Indian journal of veterinary science and animal husbandry - Volumes 26-27, 1956-1957
Year: 1956
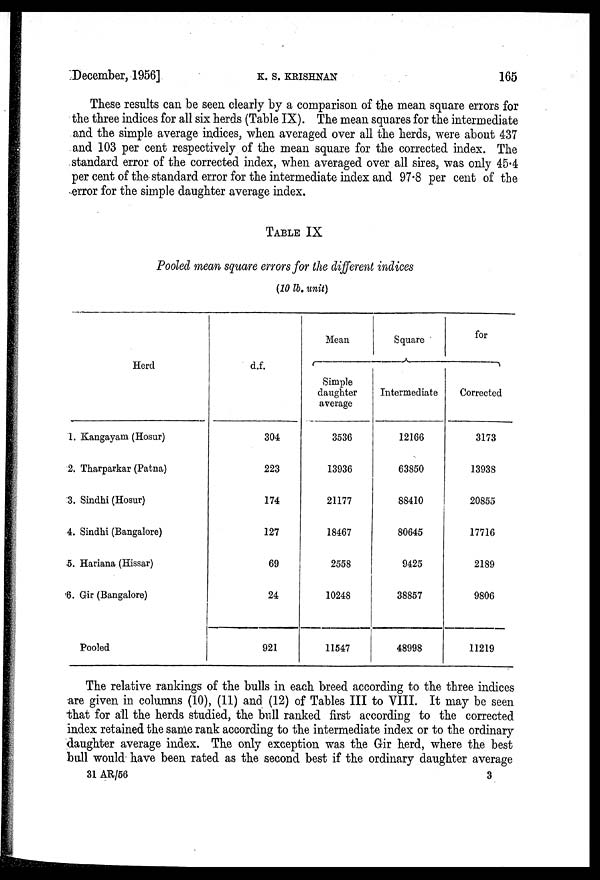
December, 1956]
K.
S.
KRISHNAN
165
These results can be seen clearly by a comparison of the mean square errors for
the three indices for all six herds (Table IX). The mean squares for the intermediate
and the simple average indices, when averaged over all the herds, were about 437
and 103 per cent respectively of the mean square for the corrected index. The
standard error of the corrected index, when averaged over all sires, was only 45.4
per cent of the standard error for the intermediate index and 97.8 per cent of the
error for the simple daughter average index.
TABLE IX
Pooled mean square errors for the different indices
(10 lb. unit)
Herd
1. Kangayam (Hosur)
2. Tharparkar (Patna)
3. Sindhi (Hosur)
4. Sindhi (Bangalore)
5. Hariana (Hissar)
6. Gir (Bangalore)
Pooled
d.f.
304
223
174
127
69
24
921
Mean
Simple
daughter
average
3536
13936
21177
18467
2558
10248
11547
Square
Intermediate
12166
63850
88410
80645
9425
38857
48998
for
Corrected
3173
13938
20855
17716
2189
9806
11219
The relative rankings of the bulls in each breed according to the three indices
are given in columns (10), (11) and (12) of Tables III to VIII. It may be seen
that for all the herds studied, the bull ranked first according to the corrected
index retained the same rank according to the intermediate index or to the ordinary
daughter average index. The only exception was the Gir herd, where the best
bull would have been rated as the second best if the ordinary daughter average
31 AR/56
3